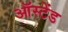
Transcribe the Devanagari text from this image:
ऑस्टेंड